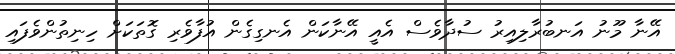
އޭނާ މޫނު އަނބުރާލިއިރު ސުދާވެސް އެއީ އޭނާކަން އެނގިގެން އުފާވެރި ގޮތަކަށް ހިނިތުންވެފައި